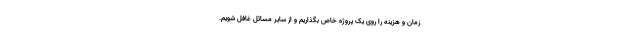
زمان و هزینه را روی یک پروژه خاص بگذاریم و از سایر مسائل غافل شویم.